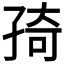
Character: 𭓊